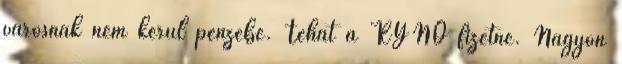
városnak nem kerül pénzébe. Tehát a RYNO fizetné. Nagyon